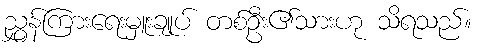
ညွှန်ကြားရေးမှူးချုပ် တစ်ဦး၏သားဟု သိရသည်။